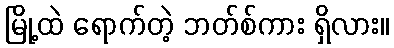
မြို့ထဲ ရောက်တဲ့ ဘတ်စ်ကား ရှိလား။